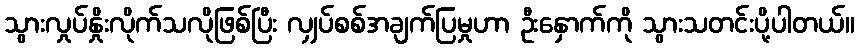
သွားလှုပ်နှိုးလိုက်သလိုဖြစ်ပြီး လျှပ်စစ်အချက်ပြမှုဟာ ဦးနှောက်ကို သွားသတင်းပို့ပါတယ်။